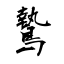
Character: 鷙